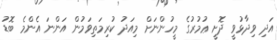
އަދި ވިދާޅުވީ ދޮށީ ޢުމުރުގެ މީހުންނަށް މިއަދު ކުރިމަތިވަމުން އަންނަ އެންމެ ބޮޑު